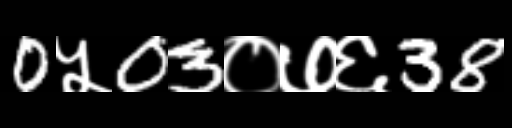
Text: 0५03०७६38